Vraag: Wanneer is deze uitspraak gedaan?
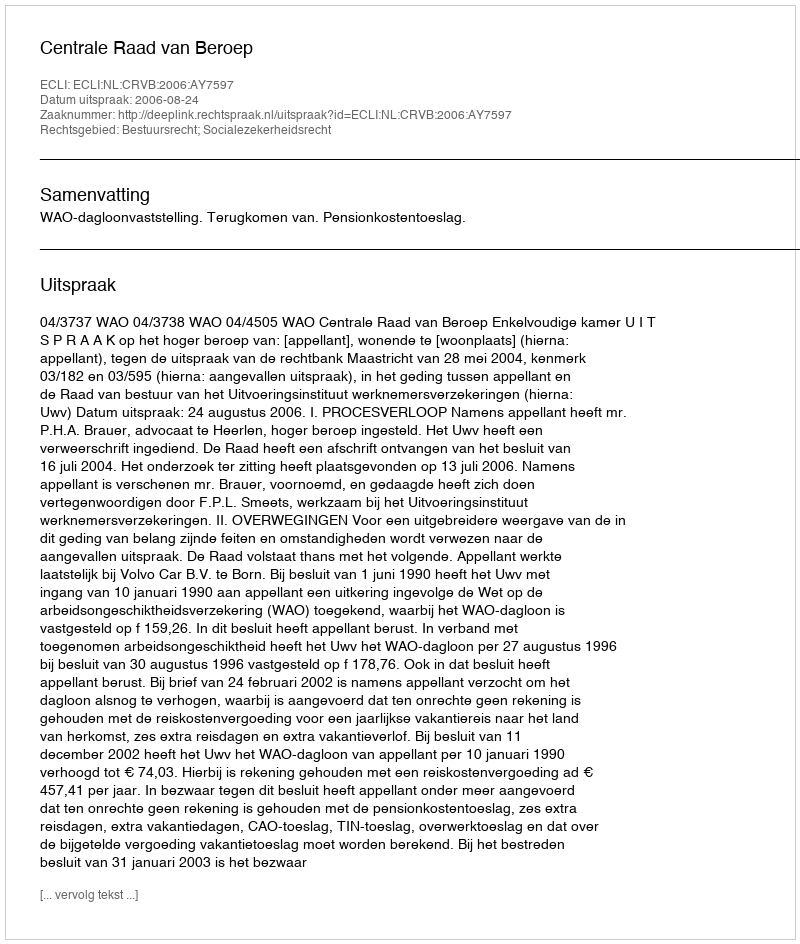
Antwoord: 2006-08-24